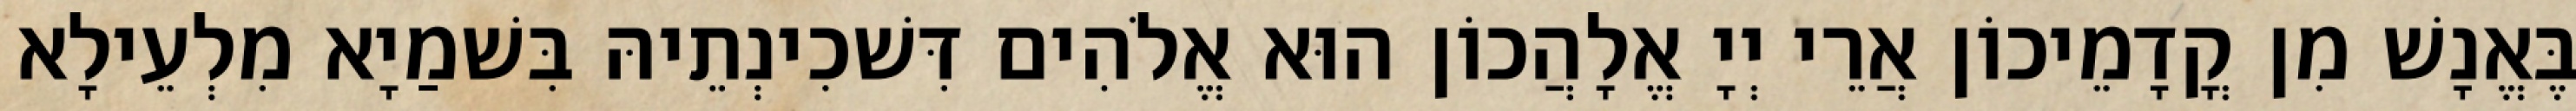
בֶּאֱנָשׁ מִן קֳדָמֵיכוֹן אֲרֵי יְיָ אֱלָהֲכוֹן הוּא אֱלֹהִים דִּשׁכִינְתֵיהּ בִּשׁמַיָא מִלְעֵילָא